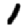
Digit: 1